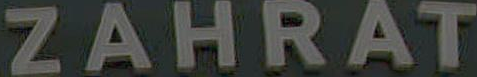
ZAHRAT